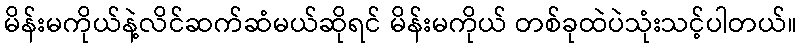
မိန်းမကိုယ်နဲ့လိင်ဆက်ဆံမယ်ဆိုရင် မိန်းမကိုယ် တစ်ခုထဲပဲသုံးသင့်ပါတယ်။